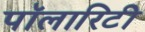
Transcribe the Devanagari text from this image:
पॉलारिटी